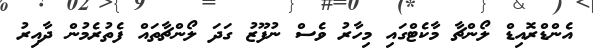
އެންޑްރޮއިޑް ލޯންޗާ މާކެޓްގައި މިހާރު ވެސް ނުފޫޒު ގަދަ ލޯންޗާތައް ފެތުރެމުން ދާއިރު